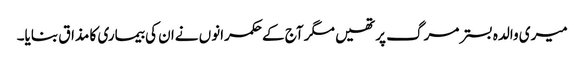
میری والدہ بسترمرگ پرتھیں مگر آج کےحکمرانوں نےان کی بیماری کا مذاق بنایا۔